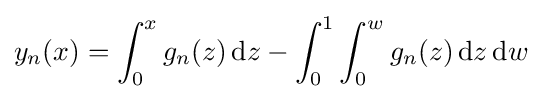
y_{n}(x)=\int _{0}^{x}g_{n}(z)\,\mathrm {d} z-\int _{0}^{1}\int _{0}^{w}g_{n}(z)\,\mathrm {d} z\,\mathrm {d} w